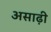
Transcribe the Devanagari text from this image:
असाढ़ी